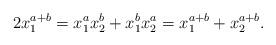
LaTeX: \begin{align*}2 x_1^{a+b} = x_1^ax_2^b + x_1^bx_2^a = x_1^{a+b} + x_2^{a+b}. \end{align*}